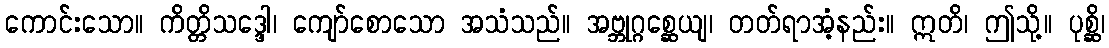
ကောင်းသော။ ကိတ္တိသဒ္ဒေါ၊ ကျော်စောသော အသံသည်။ အဗ္ဘုဂ္ဂစ္ဆေယျ၊ တတ်ရာအံ့နည်း။ ဣတိ၊ ဤသို့။ ပုစ္ဆိ၊